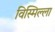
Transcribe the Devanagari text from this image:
विस्मिल्ला